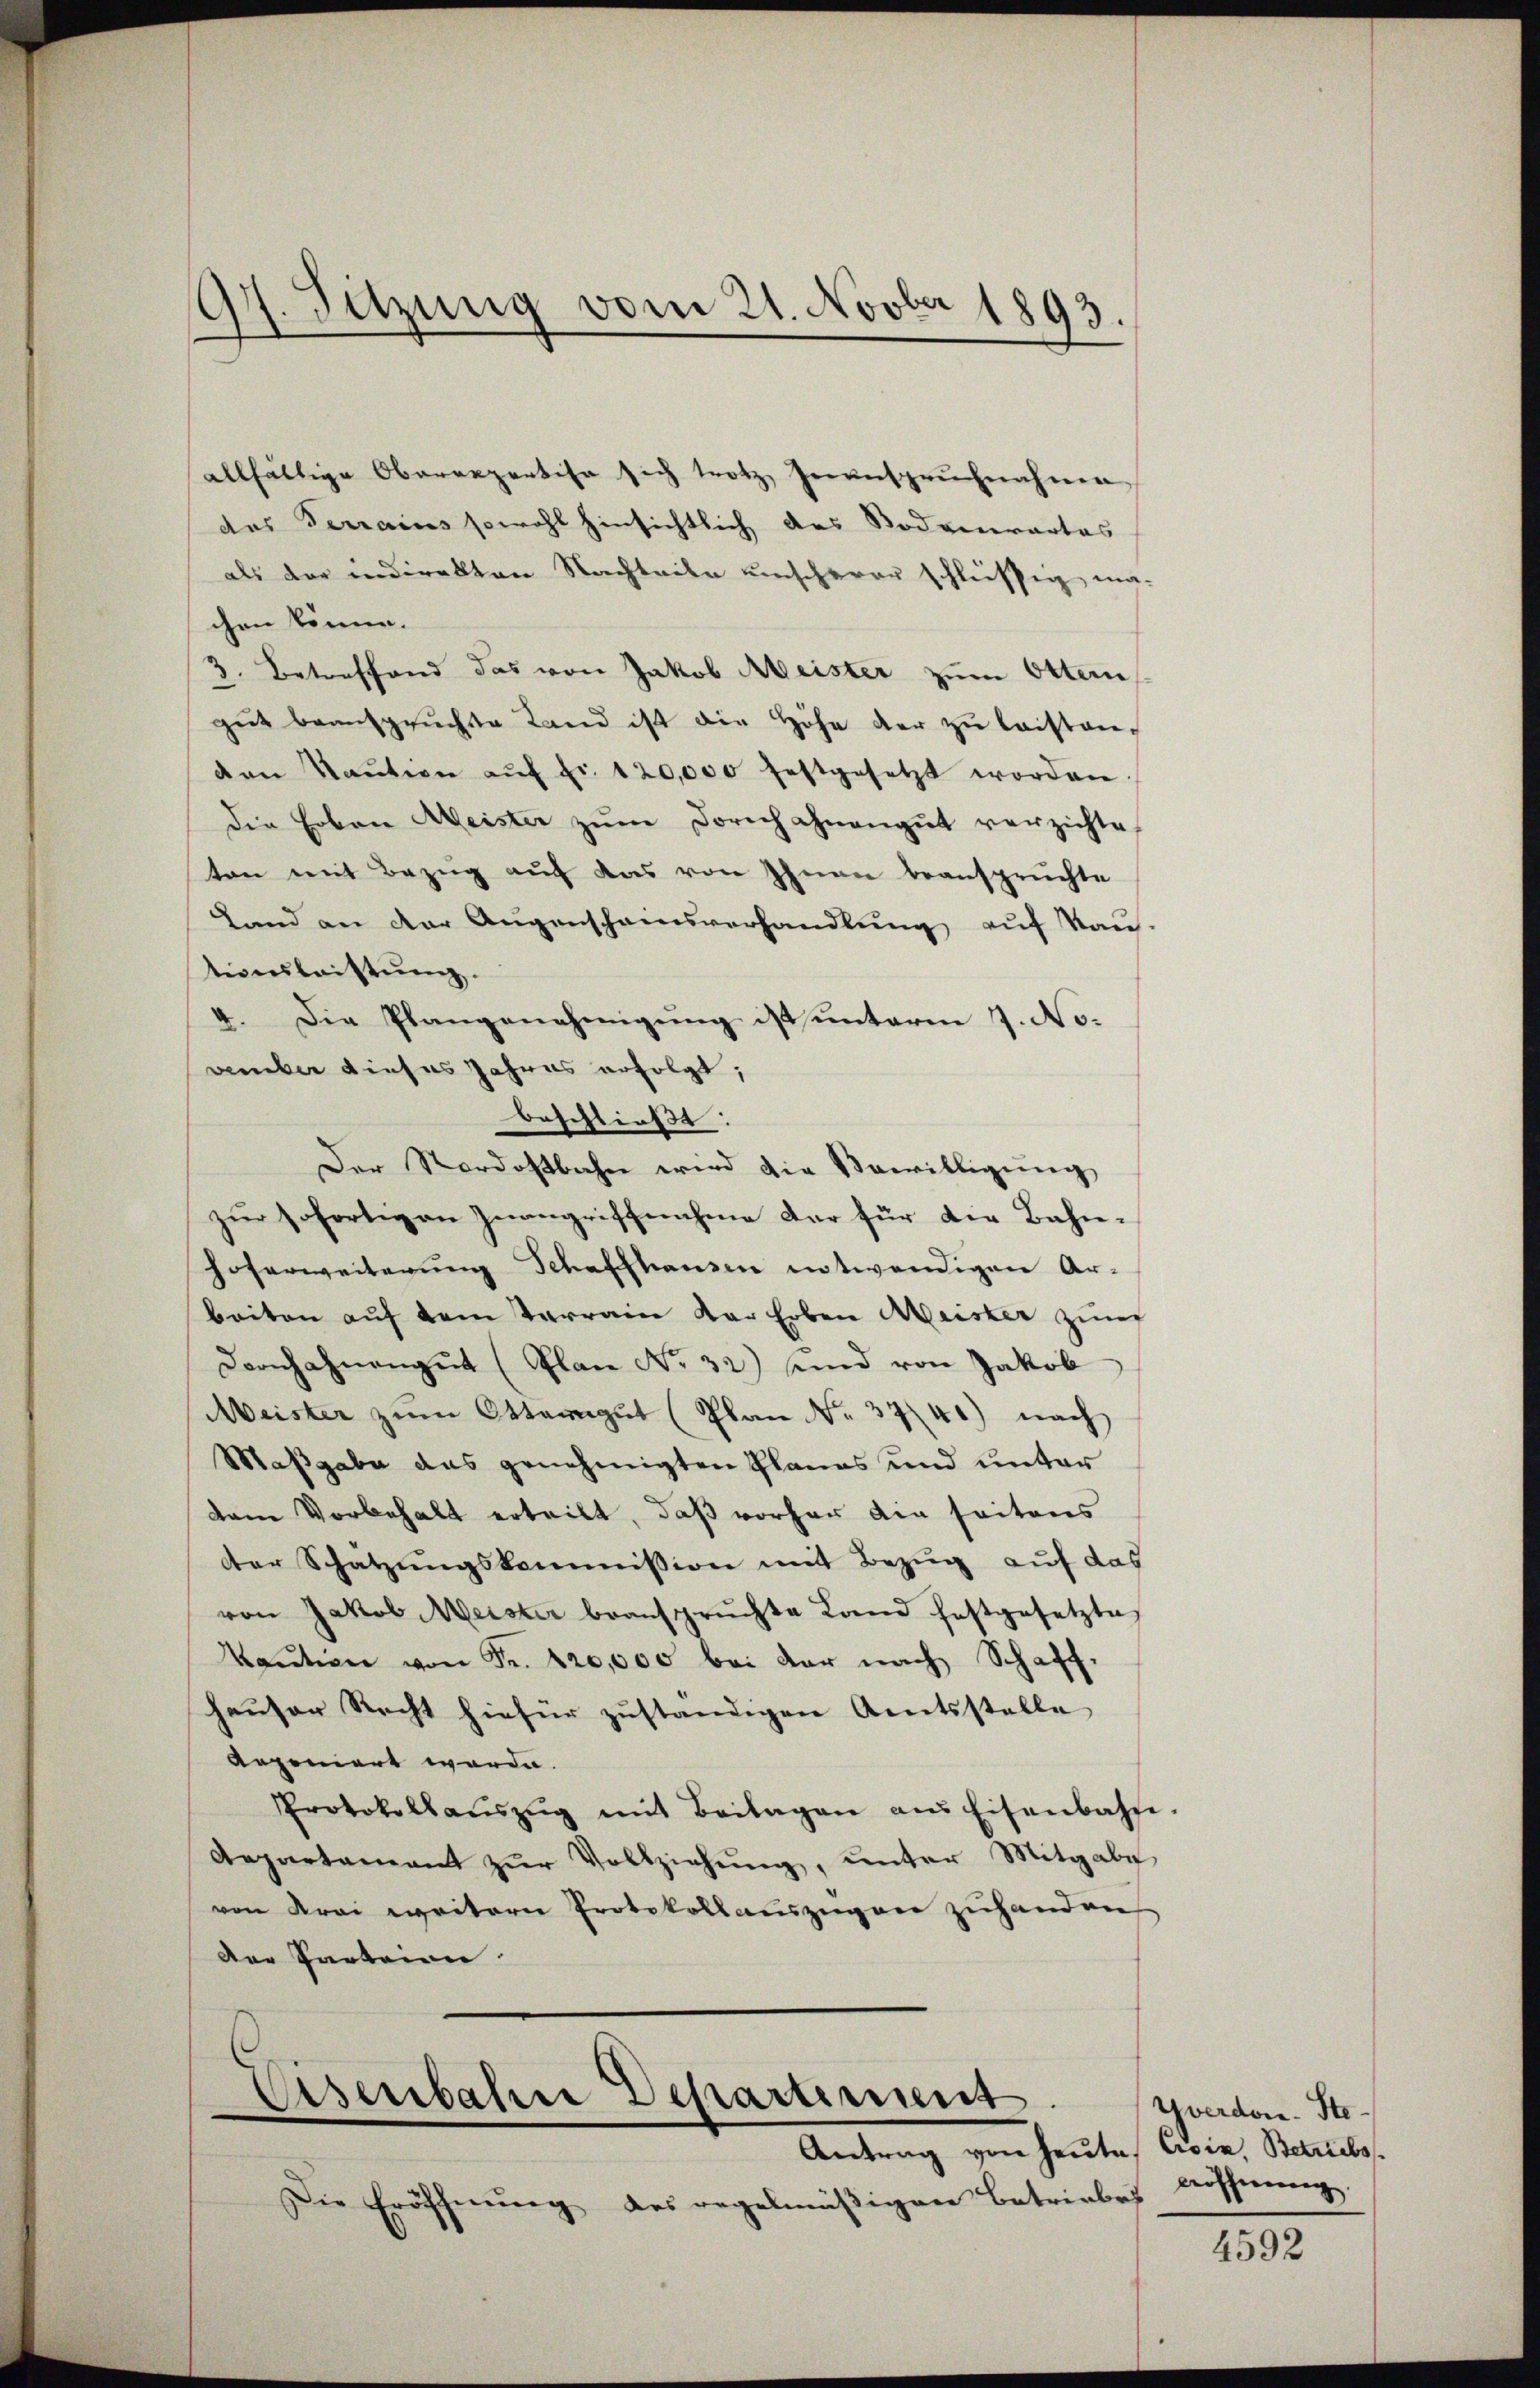
)
Sitzung vom 21. Novbr 1893.
¬

allfältige Oberrepertise sich trotz Geanspruchnahme
das Ferrains sowohl hinsichtlich des Bodenartes
als der indirekten Nachteile unscherer schleißig ma-
chen könne.
3. Betreffend das von Jakob Meister zum Ottern,
gŭt beanspruchste Land ist die Höhe der zŭ leistan-
den Staŭtion aŭf fr. 120,000 festgesetzt worden.
Die Erben Weister zŭm Dorich ohnengŭt verzichte,
ten mit Bezug auf das von Ihnen beansprüchte
Land an der Augenscheinsverhandlung auf Kau-
tionsleistung.
4. Die Plangenehmigung ist unterm 7. No.
vember dieses Jahres erfolgt;
beschließt:
Der Nordostbahn wird die Bewilligung
zur sofortigen Inangriffnahme der für die Bahn¬
Hoferweiterung Schaffhausen entwendigen Ar-
beiten auf dem Terrain der Erben Meister zum
Dornhahnengut (Plan No 32) sind von Jakob
Meister zŭm Ottengŭt (Plan No. 3740) nach
Maßgabe das genehmigten Planes und unter
dem Vorbehalt erteilt, daß vorher die seitens
der Schätzungskommission mit Bezug auf das
von Jakob Meister beansprüchte Land festgesetzte
Kaŭtion von Fr. 120,000 bei der nach Schaff-
hauser Recht hiefür zuständigen Amtsstelle |
deponiert werde.
Protokolaŭszŭg mit Beilagen ans Eisenbahn-
Aepartamant zŭr Vollziehŭng ŭnter Mitgabe
von Krei weitern Protokollauszügen zuhanden
Der Parteien

Eisenbahne Departement
Antrag von heute Civia, Betriebs

Die Eröffnŭng des regelmäßigen Betriebes

Yverdor-Ste¬
Eröffnung.

4592